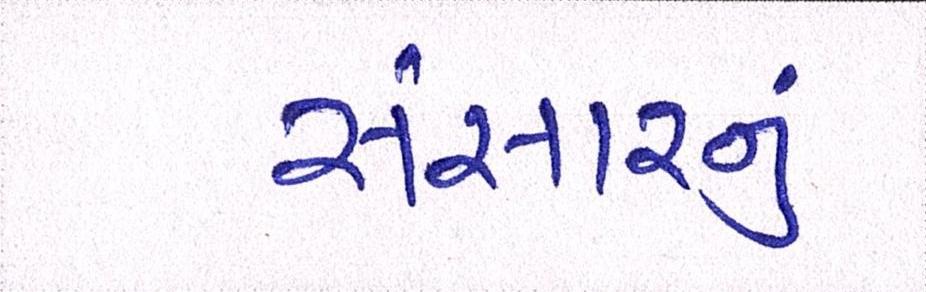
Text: સંસારનું